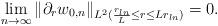
LaTeX: \begin{align*}\lim_{n\to\infty}\|\partial_rw_{0,n}\|_{L^2(\frac{r_{ln}}{L}\leq r\leq Lr_{ln})}=0.\end{align*}